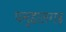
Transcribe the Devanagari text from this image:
पन्हालगढ़